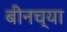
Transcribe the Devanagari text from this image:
बीनच्या